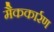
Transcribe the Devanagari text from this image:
मैककार्रण